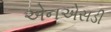
એનએસડી